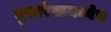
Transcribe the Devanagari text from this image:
बुखारेस्टमध्येच